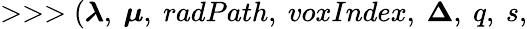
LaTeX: >>>(\boldsymbol{\lambda},~\boldsymbol{\mu},~radPath,~voxIndex,~\boldsymbol{\Delta},~q,~s,